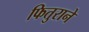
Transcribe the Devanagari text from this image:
फितुराने